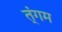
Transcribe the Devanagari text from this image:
त्ंगम